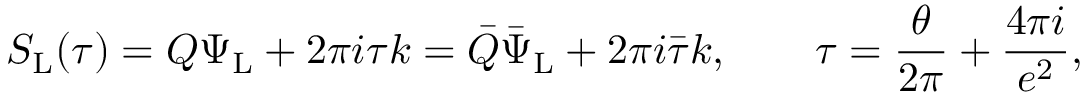
S _ { \mathrm { L } } ( \tau ) = Q \Psi _ { \mathrm { L } } + 2 \pi i \tau k = \bar { Q } \bar { \Psi } _ { \mathrm { L } } + 2 \pi i \bar { \tau } k , \qquad \tau = \frac { \theta } { 2 \pi } + \frac { 4 \pi i } { e ^ { 2 } } ,